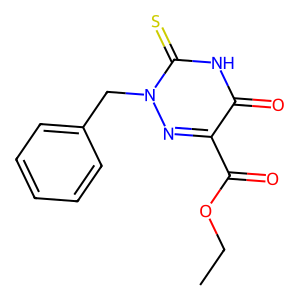
SMILES: CCOC(=O)c1nn(Cc2ccccc2)c(=S)[nH]c1=O
Inhibits HIV replication: No